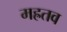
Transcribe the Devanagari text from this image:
मह्रतव